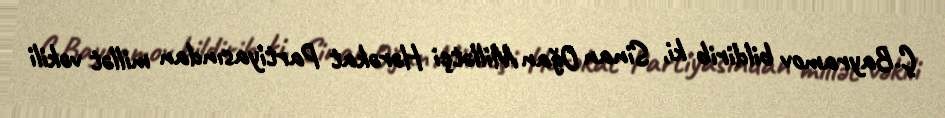
Ç.Bayramov bildirib ki, Sinan Oğan Millətçi Hərəkat Partiyasından millət vəkili